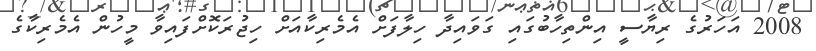
2008 އަހަރުގެ ރިޔާސީ އިންތިހާބުގައި ގަވައިދާ ހިލާފަށް އެމެރިކާއަށް ހިޖުރަކޮށްފައިވާ މީހުން އެމެރިކާގެ